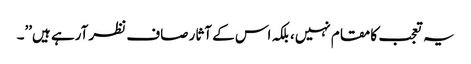
یہ تعجب کا مقام نہیں، بلکہ اس کے آثار صاف نظر آرہے ہیں’’۔